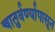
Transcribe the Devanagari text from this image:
चातुर्वर्ण्यापासून